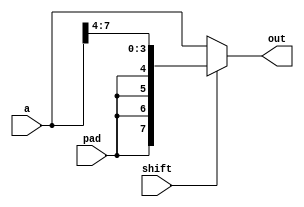
module x_bit_shr #(
  parameter BITS = 8,
  parameter SHIFT = 4
) (
  input [BITS-1:0] a,
  input shift,
  input pad,
  output [BITS-1:0] out
);

wire [BITS-1:0] alt;

assign alt = {{SHIFT{pad}}, a[(BITS-1):SHIFT]};

assign out = shift ? alt : a;

endmodule